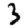
Digit: 3